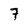
Character: 7